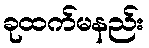
ခုထက်မနည်း